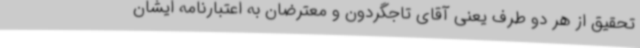
تحقیق از هر دو طرف یعنی آقای تاجگردون و معترضان به اعتبارنامه ایشان